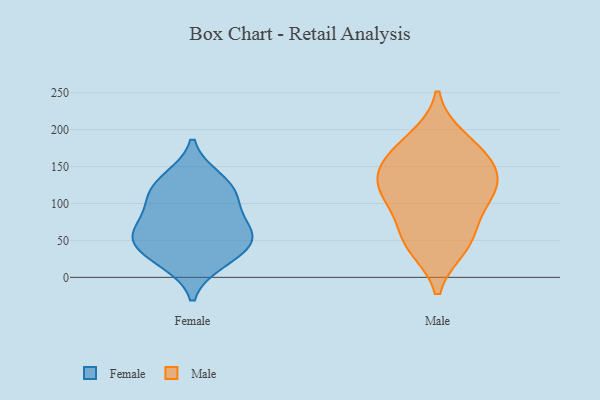
{"axis": {"x": "Energy Usage (MWh)", "y": "Value"}, "legend": ["Female", "Male"], "data": [{"x": "", "y": 99, "type": "Female"}, {"x": "", "y": 106, "type": "Female"}, {"x": "", "y": 124, "type": "Female"}, {"x": "", "y": 30, "type": "Female"}, {"x": "", "y": 134, "type": "Female"}, {"x": "", "y": 21, "type": "Female"}, {"x": "", "y": 60, "type": "Female"}, {"x": "", "y": 65, "type": "Female"}, {"x": "", "y": 57, "type": "Female"}, {"x": "", "y": 48, "type": "Female"}, {"x": "", "y": 140, "type": "Male"}, {"x": "", "y": 171, "type": "Male"}, {"x": "", "y": 109, "type": "Male"}, {"x": "", "y": 64, "type": "Male"}, {"x": "", "y": 42, "type": "Male"}, {"x": "", "y": 187, "type": "Male"}, {"x": "", "y": 107, "type": "Male"}, {"x": "", "y": 137, "type": "Male"}, {"x": "", "y": 117, "type": "Male"}, {"x": "", "y": 159, "type": "Male"}, {"x": "", "y": 46, "type": "Male"}]}